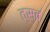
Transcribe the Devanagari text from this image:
त्स्व्